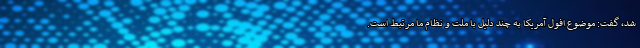
شد، گفت: موضوع افول آمریکا به چند دلیل با ملت و نظام ما مرتبط است.